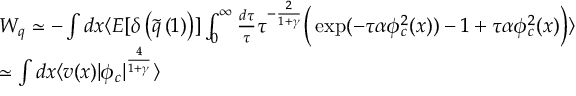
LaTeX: \begin{array} { l } { { W _ { q } \simeq - \int d x \langle E [ \delta \left( \tilde { q } \left( 1 \right) \right) ] \int _ { 0 } ^ { \infty } \frac { d \tau } { \tau } \tau ^ { - \frac { 2 } { 1 + \gamma } } \Big ( \exp ( - \tau \alpha \phi _ { c } ^ { 2 } ( x ) ) - 1 + \tau \alpha \phi _ { c } ^ { 2 } ( x ) \Big ) \rangle } } \\ { { \simeq \int d x \langle v ( x ) \vert \phi _ { c } \vert ^ { \frac { 4 } { 1 + \gamma } } \rangle } } \end{array}